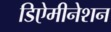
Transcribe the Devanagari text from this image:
डिऐमीनेशन